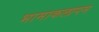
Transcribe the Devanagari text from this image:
भामाकलापम